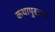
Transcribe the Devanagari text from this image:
कथापुस्तक